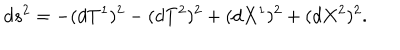
d s ^ { 2 } = - ( d T ^ { 1 } ) ^ { 2 } - ( d T ^ { 2 } ) ^ { 2 } + ( d X ^ { 1 } ) ^ { 2 } + ( d X ^ { 2 } ) ^ { 2 } .